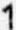
1